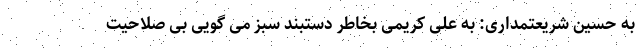
به حسین شریعتمداری: به علی کریمی بخاطر دستبند سبز می گویی بی صلاحیت